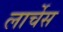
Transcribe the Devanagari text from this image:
लार्चेस